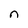
Character: n